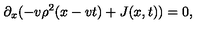
\partial _ { x } ( - v \rho ^ { 2 } ( x - v t ) + J ( x , t ) ) = 0 ,